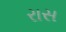
રાસ